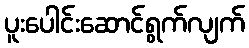
ပူးပေါင်းဆောင်ရွက်လျက်